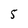
Character: 5